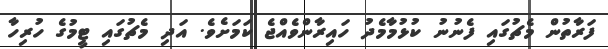
ފަރާތުން މެޗުގައި ފެނުނު ކުޅުމާމެދު ހައިރާންވެއްޖެ ކަމަށެވެ. އަދި މެޗުގައި ޓީމުގެ ހުރިހާ